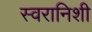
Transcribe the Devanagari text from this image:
स्वरानिशी